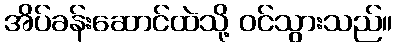
အိပ်ခန်းဆောင်ထဲသို့ ဝင်သွားသည်။